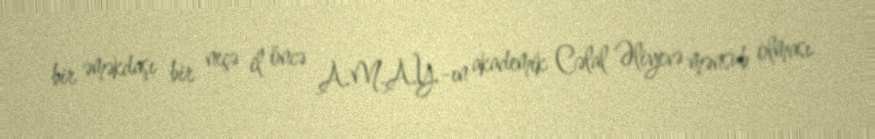
bir əməkdaşı bir neçə il öncə A.M.A.Y.-ın akademik Cəlal Əliyevə mənsub olması